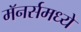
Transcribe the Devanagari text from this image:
मॅनर्समध्ये